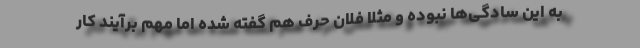
به این سادگی‌ها نبوده و مثلا فلان حرف هم گفته شده اما مهم برآیند کار